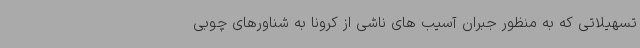
تسهیلاتی که به منظور جبران آسیب های ناشی از کرونا به شناورهای چوبی